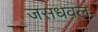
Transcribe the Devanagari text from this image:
जसधवल